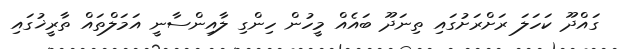
ގައްދޫ ކަހަލަ ރަށްރަށުގައި ތިނަދޫ ބައެއް މީހުން ހިންގި ލާއިންސާނީ އަމަލްތައް ތާރީޚުގައި